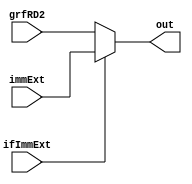
`timescale 1ns / 1ps
//////////////////////////////////////////////////////////////////////////////////
// Company: 
// Engineer: 
// 
// Design Name: 
// Module Name:    AluBSel 
// Project Name: 
// Target Devices: 
// Tool versions: 
// Description: 
//
// Dependencies: 
//
// Revision: 
// Revision 0.01 - File Created
// Additional Comments: 
//
//////////////////////////////////////////////////////////////////////////////////
module AluBSel(
	input ifImmExt,
	input [31:0]immExt,
	input [31:0]grfRD2,
	output [31:0]out
    );
	 
assign out = (ifImmExt)? immExt:
				 grfRD2;

endmodule